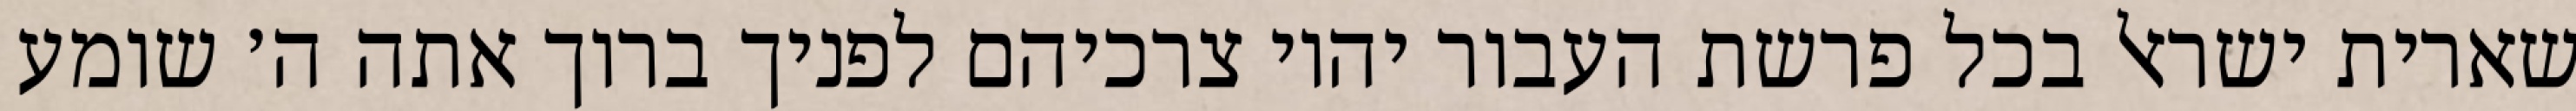
שארית ישראל בכל פרשת העבור יהיו צרכיהם לפניך ברוך אתה ה׳ שומע